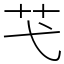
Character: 芅